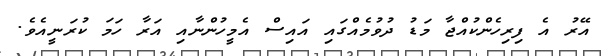
އޭރު އެ ފިރިހެންކުއްޖާ މަޑު ދުވުމެއްގައި އައިސް އެމީހުންނާއި އަރާ ހަމަ ކުރަނީއެވެ.